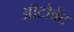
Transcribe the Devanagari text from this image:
ऑटोवेंट